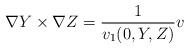
LaTeX: \begin{align*}\nabla Y \times \nabla Z=\frac{1}{v_1(0,Y,Z)} v \end{align*}